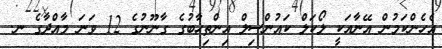
އެހެންކަމުން އޭނާއަކީ ލޯކަލް ކައުންސިލް އިންތިހާބުގެ ގާނޫނުގެ 12 ވަނަ މާއްދާގެ ނ.